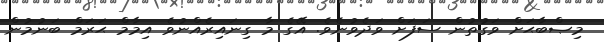
މިޞްބާޙަށް ވަގުތުން ސަފަށް ވަދެވުނެވެ. އޭގެ މާ ގިނައިރެއްނުވެ އިމާމް ޙަރަމް ބަނުމުން